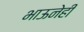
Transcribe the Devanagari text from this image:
भाऊनेही